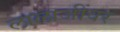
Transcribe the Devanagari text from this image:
लालाजींवर